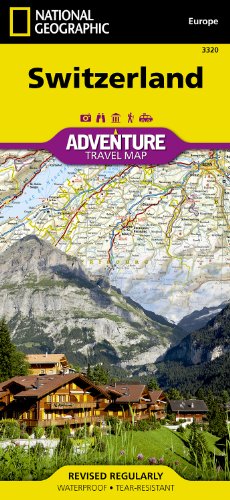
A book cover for Switzerland (National Geographic Adventure Map); National Geographic Maps - Adventure; Travel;